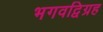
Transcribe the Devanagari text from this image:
भगवद्विग्रह